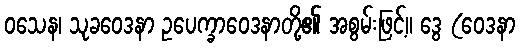
ဝသေန၊ သုခဝေဒနာ ဥပေက္ခာဝေဒနာတို့၏ အစွမ်းဖြင့်။ ဒွေ (ဝေဒနာ